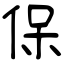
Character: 保